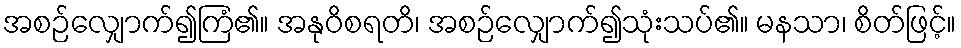
အစဉ်လျှောက်၍ကြံ၏။ အနုဝိစရတိ၊ အစဉ်လျှောက်၍သုံးသပ်၏။ မနသာ၊ စိတ်ဖြင့်။